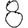
Digit: 8